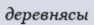
деревнясы